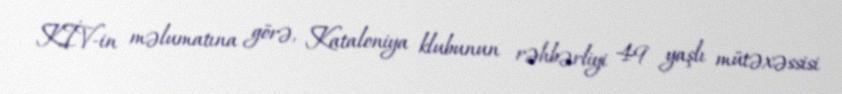
KİV-in məlumatına görə, Kataloniya klubunun rəhbərliyi 49 yaşlı mütəxəssisi